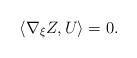
LaTeX: \begin{align*}\langle\nabla_{\xi}Z,U\rangle=0.\end{align*}